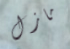
مازل